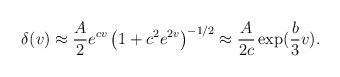
LaTeX: \begin{align*}\delta(v) \approx \frac{A}{2}e^{cv} \left( 1+c^2 e^{2v} \right)^{-1/2} \approx\frac{A}{2c} \exp(\frac{b}{3} v).\end{align*}